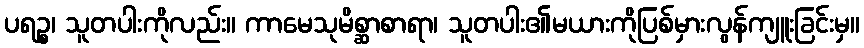
ပရဉ္စ၊ သူတပါးကိုလည်း။ ကာမေသုမိစ္ဆာစာရာ၊ သူတပါး၏မယားကိုပြစ်မှားလွန်ကျူးခြင်းမှ။